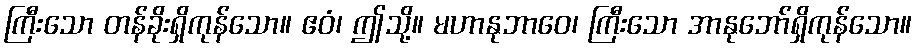
ကြီးသော တန်ခိုးရှိကုန်သော။ ဧဝံ၊ ဤသို့။ မဟာနုဘာဝေ၊ ကြီးသော အာနုဘော်ရှိကုန်သော။